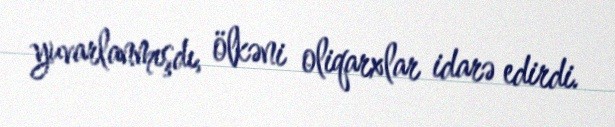
yuvarlanmışdı, ölkəni oliqarxlar idarə edirdi.